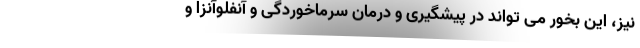
نیز، این بخور می تواند در پیشگیری و درمان سرماخوردگی و آنفلوآنزا و